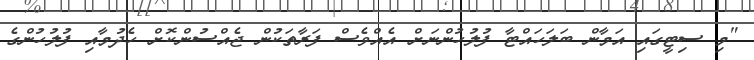
"މި ސިޓީގައި އަމާން ބަލަހައްޓާ ފުލުހުންނަށް އެއްވެސް ފަރާތަކުން ޖެއްސުންކޮށް ހެދުމާއި ފުލުހުންގެ